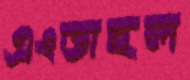
এংডাহল